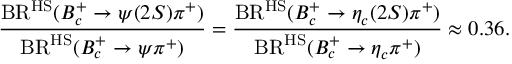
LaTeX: \frac { \mathrm { B R } ^ { \mathrm { H S } } ( B _ { c } ^ { + } \to \psi ( 2 S ) \pi ^ { + } ) } { \mathrm { B R } ^ { \mathrm { H S } } ( B _ { c } ^ { + } \to \psi \pi ^ { + } ) } = \frac { \mathrm { B R } ^ { \mathrm { H S } } ( B _ { c } ^ { + } \to \eta _ { c } ( 2 S ) \pi ^ { + } ) } { \mathrm { B R } ^ { \mathrm { H S } } ( B _ { c } ^ { + } \to \eta _ { c } \pi ^ { + } ) } \approx 0 . 3 6 .